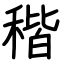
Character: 稭